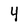
Character: 4